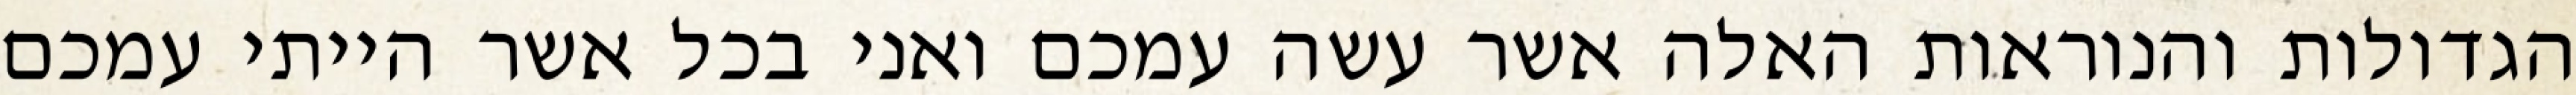
הגדולות והנוראות האלה אשר עשה עמכם ואני בכל אשר הייתי עמכם